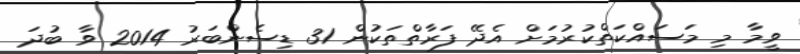
ވީމާ މި މަސައްކަތްކުރުމަށް އެދޭ ފަރާތްތަކުން 31 ޑިސެންބަރު 2014 ވާ ބުދަަ